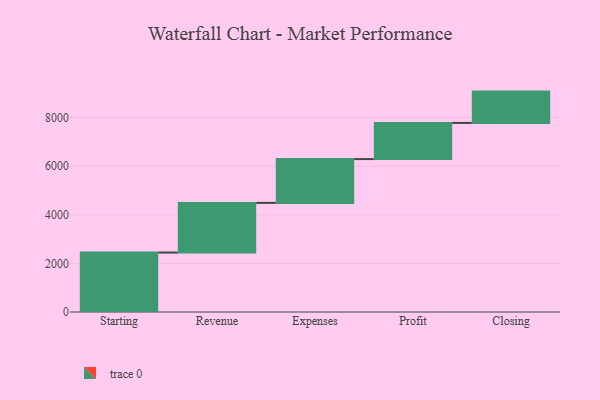
{"axis": {"x": "Step", "y": "Value"}, "legend": [""], "data": [{"x": "Starting", "y": 2445.0, "type": ""}, {"x": "Revenue", "y": 2042.0, "type": ""}, {"x": "Expenses", "y": 1802.0, "type": ""}, {"x": "Profit", "y": 1487.0, "type": ""}, {"x": "Closing", "y": 1288.0, "type": ""}]}